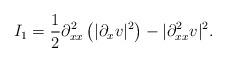
LaTeX: \begin{align*}I_1&=\frac{1}{2}\partial_{xx}^2\left(|\partial_x v|^2\right)-|\partial_{xx}^2 v|^2.\end{align*}